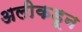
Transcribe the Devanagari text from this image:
अलीकडून